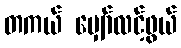
တကယ် မျှော်လင့်ဖွယ်